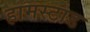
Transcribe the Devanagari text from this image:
हामस्टाड